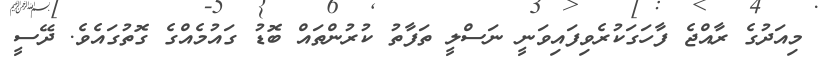
މިއަދުގެ ރާއްޖެ ފާހަގަކުރެވިފައިވަނީ ނަސްލީ ތަފާތު ކުރުންތައް ބޮޑު ގައުމެއްގެ ގޮތުގައެވެ. ދޭސީ